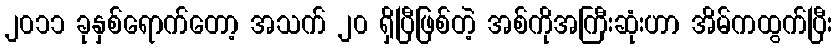
၂၀၁၁ ခုနှစ်ရောက်တော့ အသက် ၂၀ ရှိပြီဖြစ်တဲ့ အစ်ကိုအကြီးဆုံးဟာ အိမ်ကထွက်ပြီး